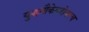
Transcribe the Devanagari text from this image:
युद्धनौकेबरोबरच